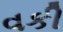
વકી